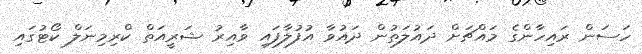
ހަސަން ރައިހާންގެ މައްޗަށް ދައުލަތުން ދައުވާ އުފުލާފައި ވާއިރު ޝަރީއަތް ކްރިމިނަލް ކޯޓުގައި